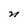
Character: n